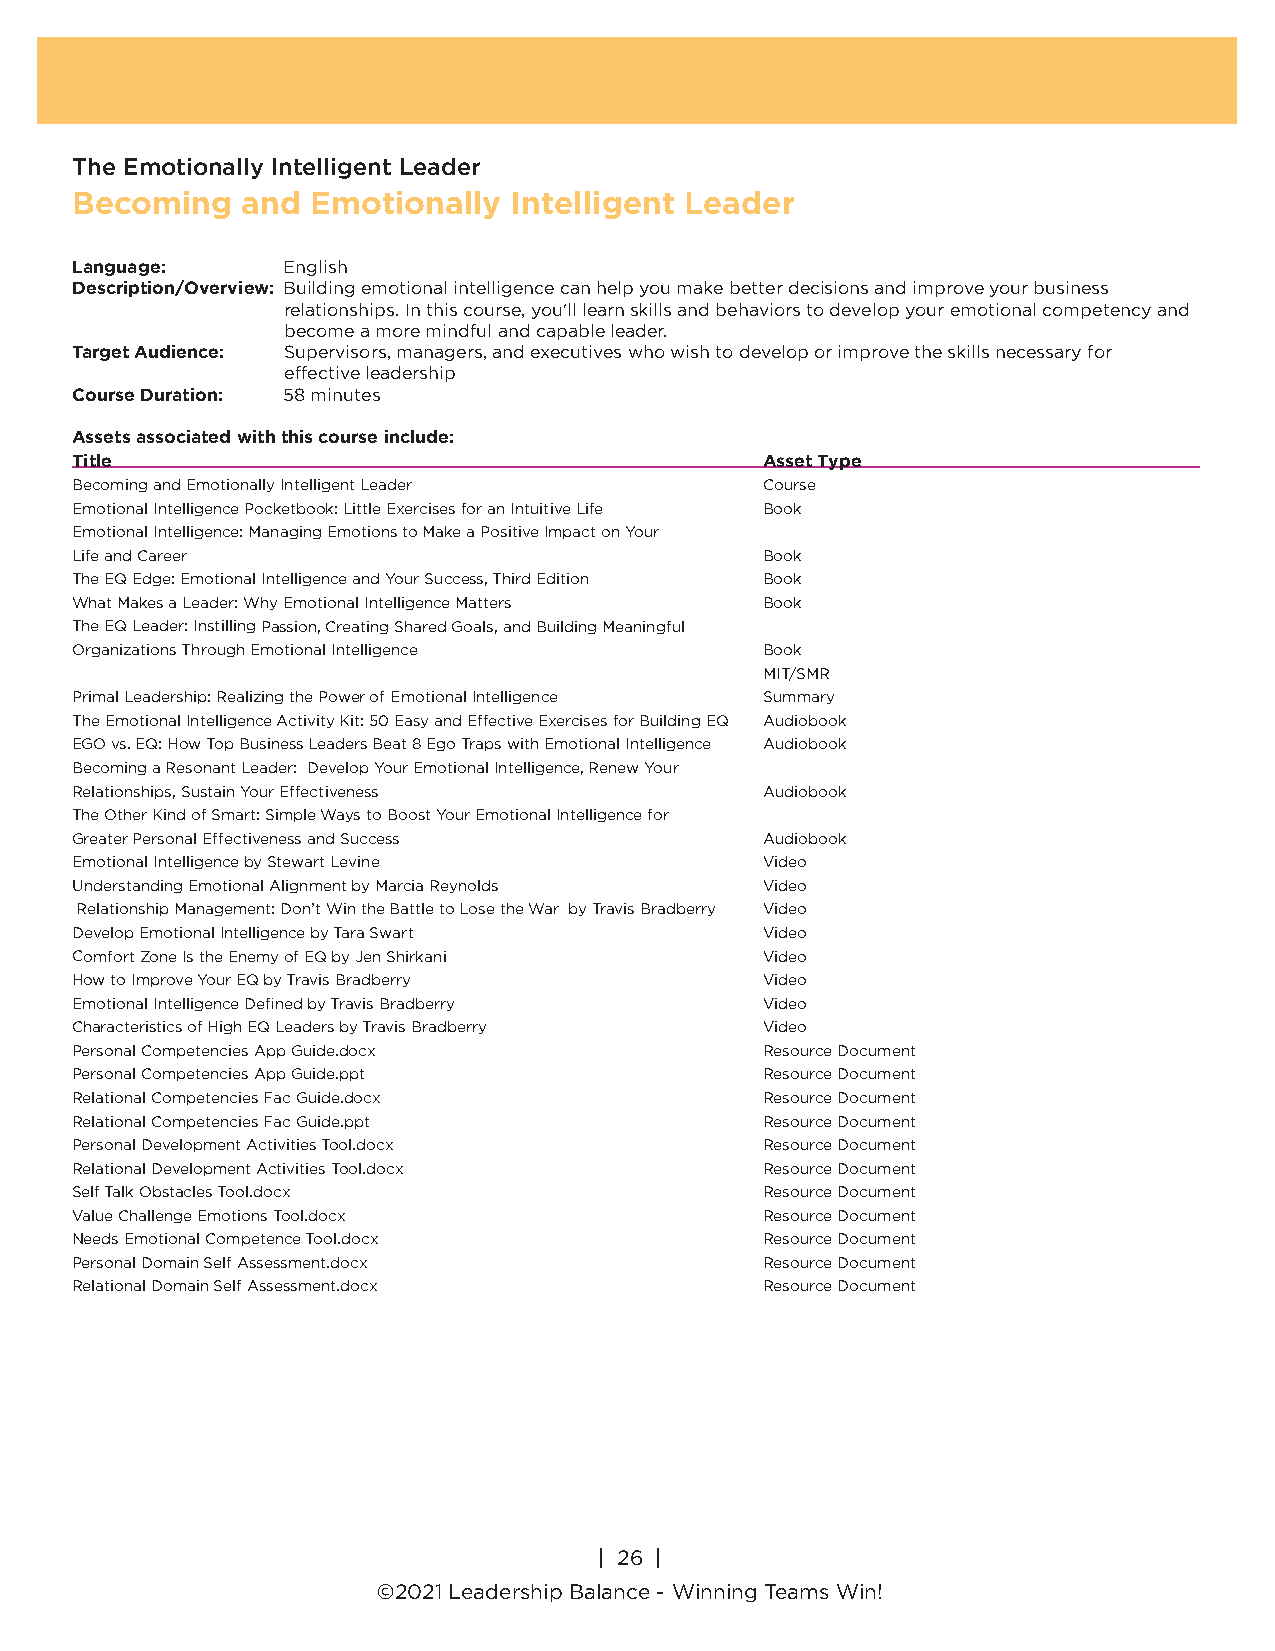
The Emotionally Intelligent Leader
 Becoming   and  Emotionally  Intelligent Leader
 Language:     English
 Description/Overview: Building emotional intelligence can help you make better decisions and improve your business
 relationships. In this course, you'll learn skills and behaviors to develop your emotional competency and
 become a more mindful and capable leader.
 Target Audience: Supervisors, managers, and executives who wish to develop or improve the skills necessary for
 effective leadership
 Course Duration: 58 minutes
 Assets associated with this course include:
 Title                                         Asset Type
 Becoming and Emotionally Intelligent Leader   Course
 Emotional Intelligence Pocketbook: Little Exercises for an Intuitive Life Book
 Emotional Intelligence: Managing Emotions to Make a Positive Impact on Your
 Life and Career                               Book
 The EQ Edge: Emotional Intelligence and Your Success, Third Edition Book
 What Makes a Leader: Why Emotional Intelligence Matters Book
 The EQ Leader: Instilling Passion, Creating Shared Goals, and Building Meaningful
 Organizations Through Emotional Intelligence  Book
 MIT/SMR
 Primal Leadership: Realizing the Power of Emotional Intelligence Summary
 The Emotional Intelligence Activity Kit: 50 Easy and Effective Exercises for Building EQ Audiobook
 EGO vs. EQ: How Top Business Leaders Beat 8 Ego Traps with Emotional Intelligence Audiobook
 Becoming a Resonant Leader: Develop Your Emotional Intelligence, Renew Your
 Relationships, Sustain Your Effectiveness     Audiobook
 The Other Kind of Smart: Simple Ways to Boost Your Emotional Intelligence for
 Greater Personal Effectiveness and Success    Audiobook
 Emotional Intelligence by Stewart Levine      Video
 Understanding Emotional Alignment by Marcia Reynolds Video
 Relationship Management: Don’t Win the Battle to Lose the War by Travis Bradberry Video
 Develop Emotional Intelligence by Tara Swart  Video
 Comfort Zone Is the Enemy of EQ by Jen Shirkani Video
 How to Improve Your EQ by Travis Bradberry    Video
 Emotional Intelligence Defined by Travis Bradberry Video
 Characteristics of High EQ Leaders by Travis Bradberry Video
 Personal Competencies App Guide.docx          Resource Document
 Personal Competencies App Guide.ppt           Resource Document
 Relational Competencies Fac Guide.docx        Resource Document
 Relational Competencies Fac Guide.ppt         Resource Document
 Personal Development Activities Tool.docx     Resource Document
 Relational Development Activities Tool.docx   Resource Document
 Self Talk Obstacles Tool.docx                 Resource Document
 Value Challenge Emotions Tool.docx            Resource Document
 Needs Emotional Competence Tool.docx          Resource Document
 Personal Domain Self Assessment.docx          Resource Document
 Relational Domain Self Assessment.docx        Resource Document
 | 26 |
 ©2018 Leadership Balance®, division of Liderança Group, Inc.
 | 26 |
 ©2021 Leadership Balance - Winning Teams Win!